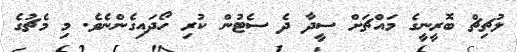
ލުޗިޗް ބޮރީނީގެ މައްޗަށް ސީދާ ދެ ސެޓުން ކުރި ހޯދައިގެންނެވެ. މި މެޗުގެ